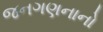
જનગણનાનો